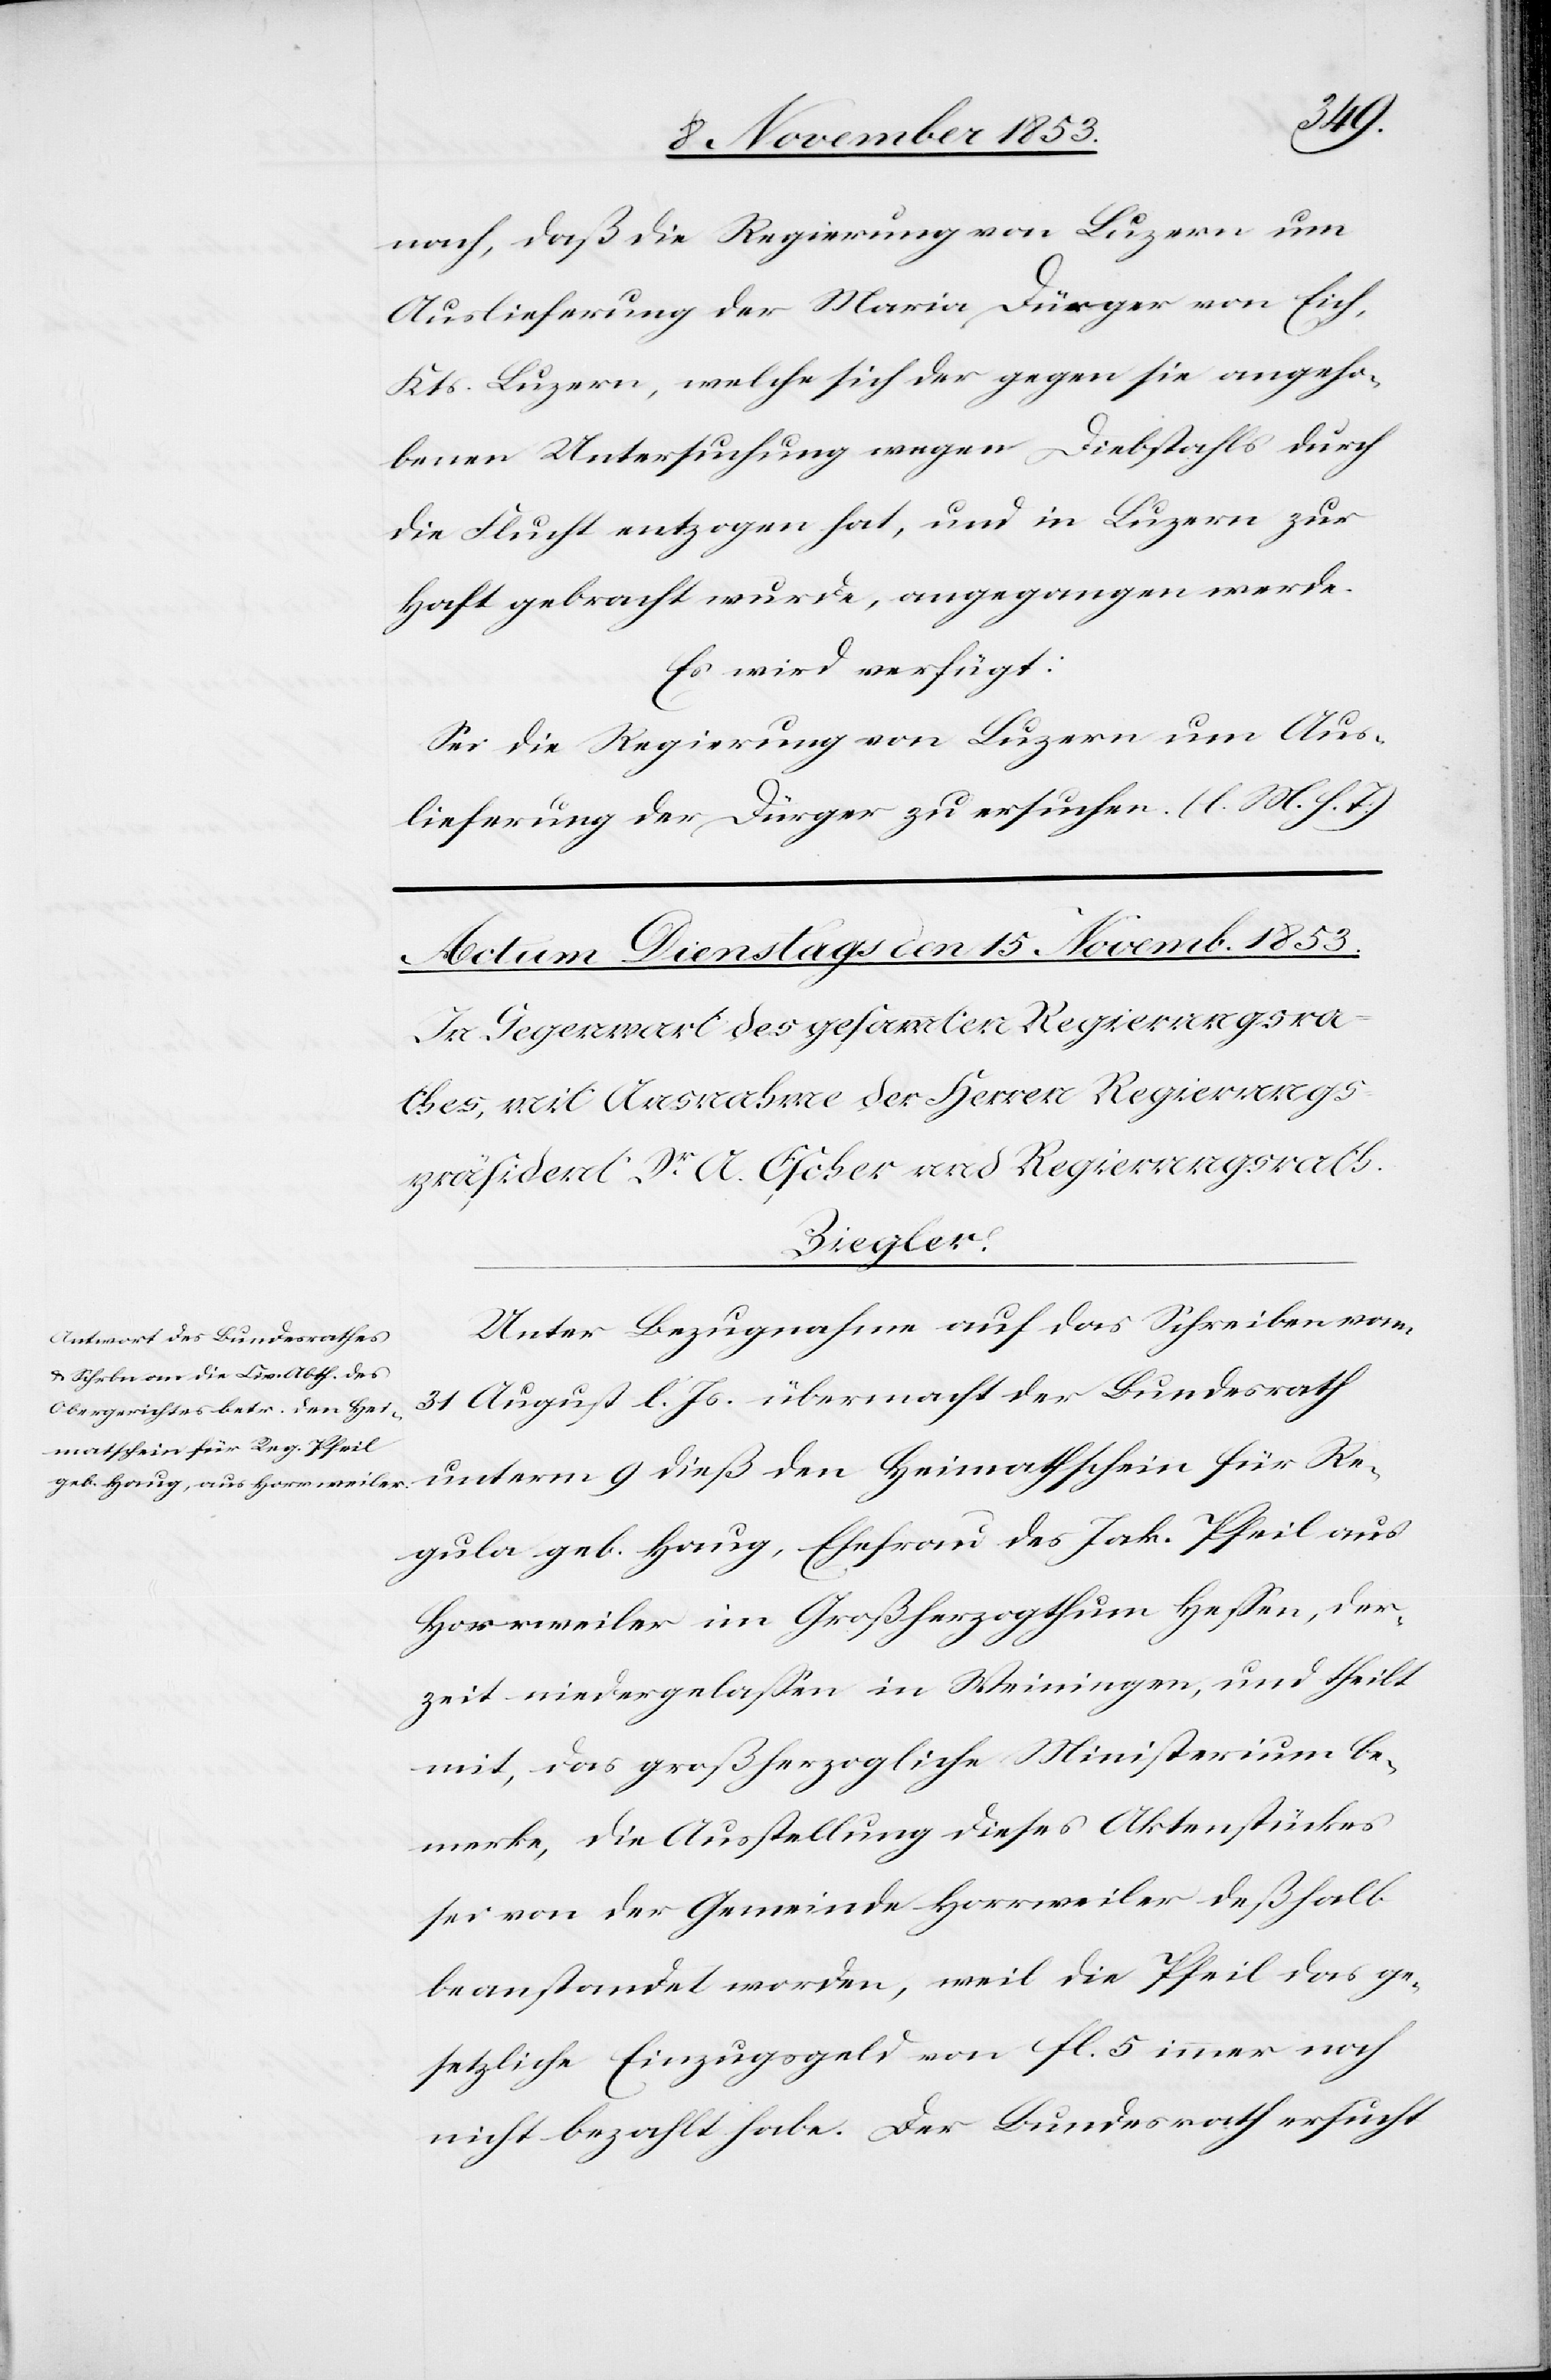
Re¬
nach, daß die Regierung von Luzern, um
Auslieferung der Maria Dürger von Eich,
Kts. Luzern, welche sich der gegen sie angeho¬
benen Untersuchung wegen Diebstahls durch
die Flucht entzogen hat, und in Luzern zur
Haft gebracht wurde, angegangen werde.
Es wird verfügt:
Sei die Regierung von Luzern um Aus¬
lieferung der Dürger zu ersuchen. [l. M. h. T]
Unter Bezugnahme auf das Schreiben vom
31 August l. Js. übermacht der Bundesrath
gula geb. Haug, Ehefrau des Jak. Pfeil aus
Horweiler im Großherzogthum Heßen, der¬
zeit niedergelaßen in Weiningen, und theilt
mit, das großherzogliche Ministerium be¬
merke, die Ausstellung dieses Aktenstückes
sei von der Gemeinde Horweiler deßhalb
beanstandet worden, weil die Pfeil das ge¬
setzliche Einzugsgeld von fl. 5 immer noch
nicht bezahlt habe. Der Bundesrath ersucht